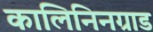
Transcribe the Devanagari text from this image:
कालिनिनग्राड